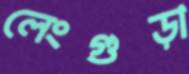
লেংগুড়া